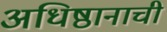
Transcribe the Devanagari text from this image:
अधिष्ठानाची